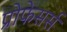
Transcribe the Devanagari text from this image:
प्रोफेसर्स